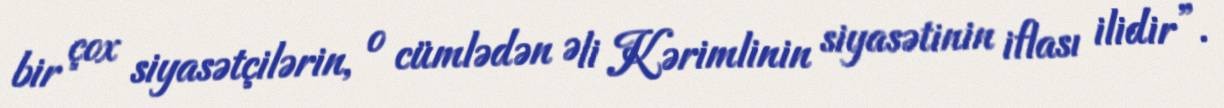
bir çox siyasətçilərin, o cümlədən Əli Kərimlinin siyasətinin iflası ilidir”.